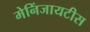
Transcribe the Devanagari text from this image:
मेनिंजायटीस